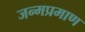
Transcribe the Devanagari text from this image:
जन्मप्रमाण